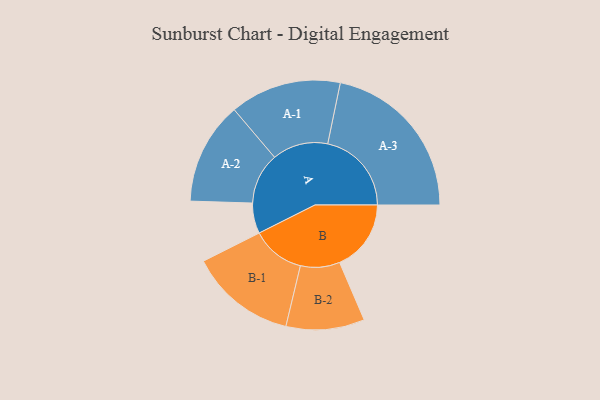
{"axis": {"x": "Segment", "y": "Value"}, "legend": ["", "A", "B"], "data": [{"x": "A", "y": 104, "type": ""}, {"x": "B", "y": 244, "type": ""}, {"x": "A-1", "y": 190, "type": "A"}, {"x": "A-2", "y": 175, "type": "A"}, {"x": "A-3", "y": 286, "type": "A"}, {"x": "B-1", "y": 182, "type": "B"}, {"x": "B-2", "y": 134, "type": "B"}]}